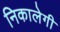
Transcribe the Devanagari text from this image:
निकालेगी